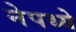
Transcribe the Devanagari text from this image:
नेपथ्ये